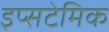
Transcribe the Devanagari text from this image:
इप्सटेमिक